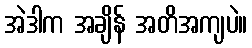
အဲဒါက အချိန် အတိအကျပဲ။